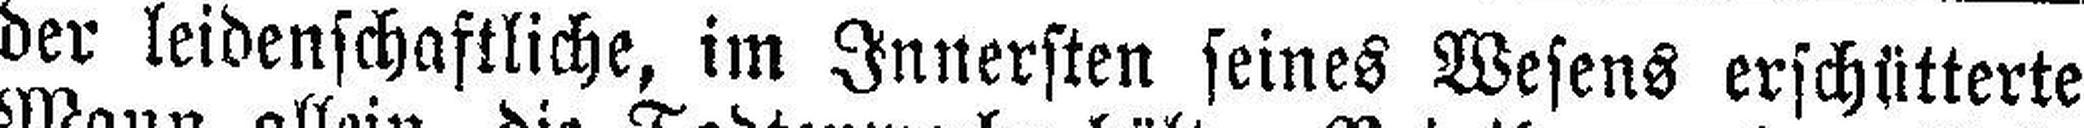
der leidenschaftliche, im Innersten seines Wesens erschütterte